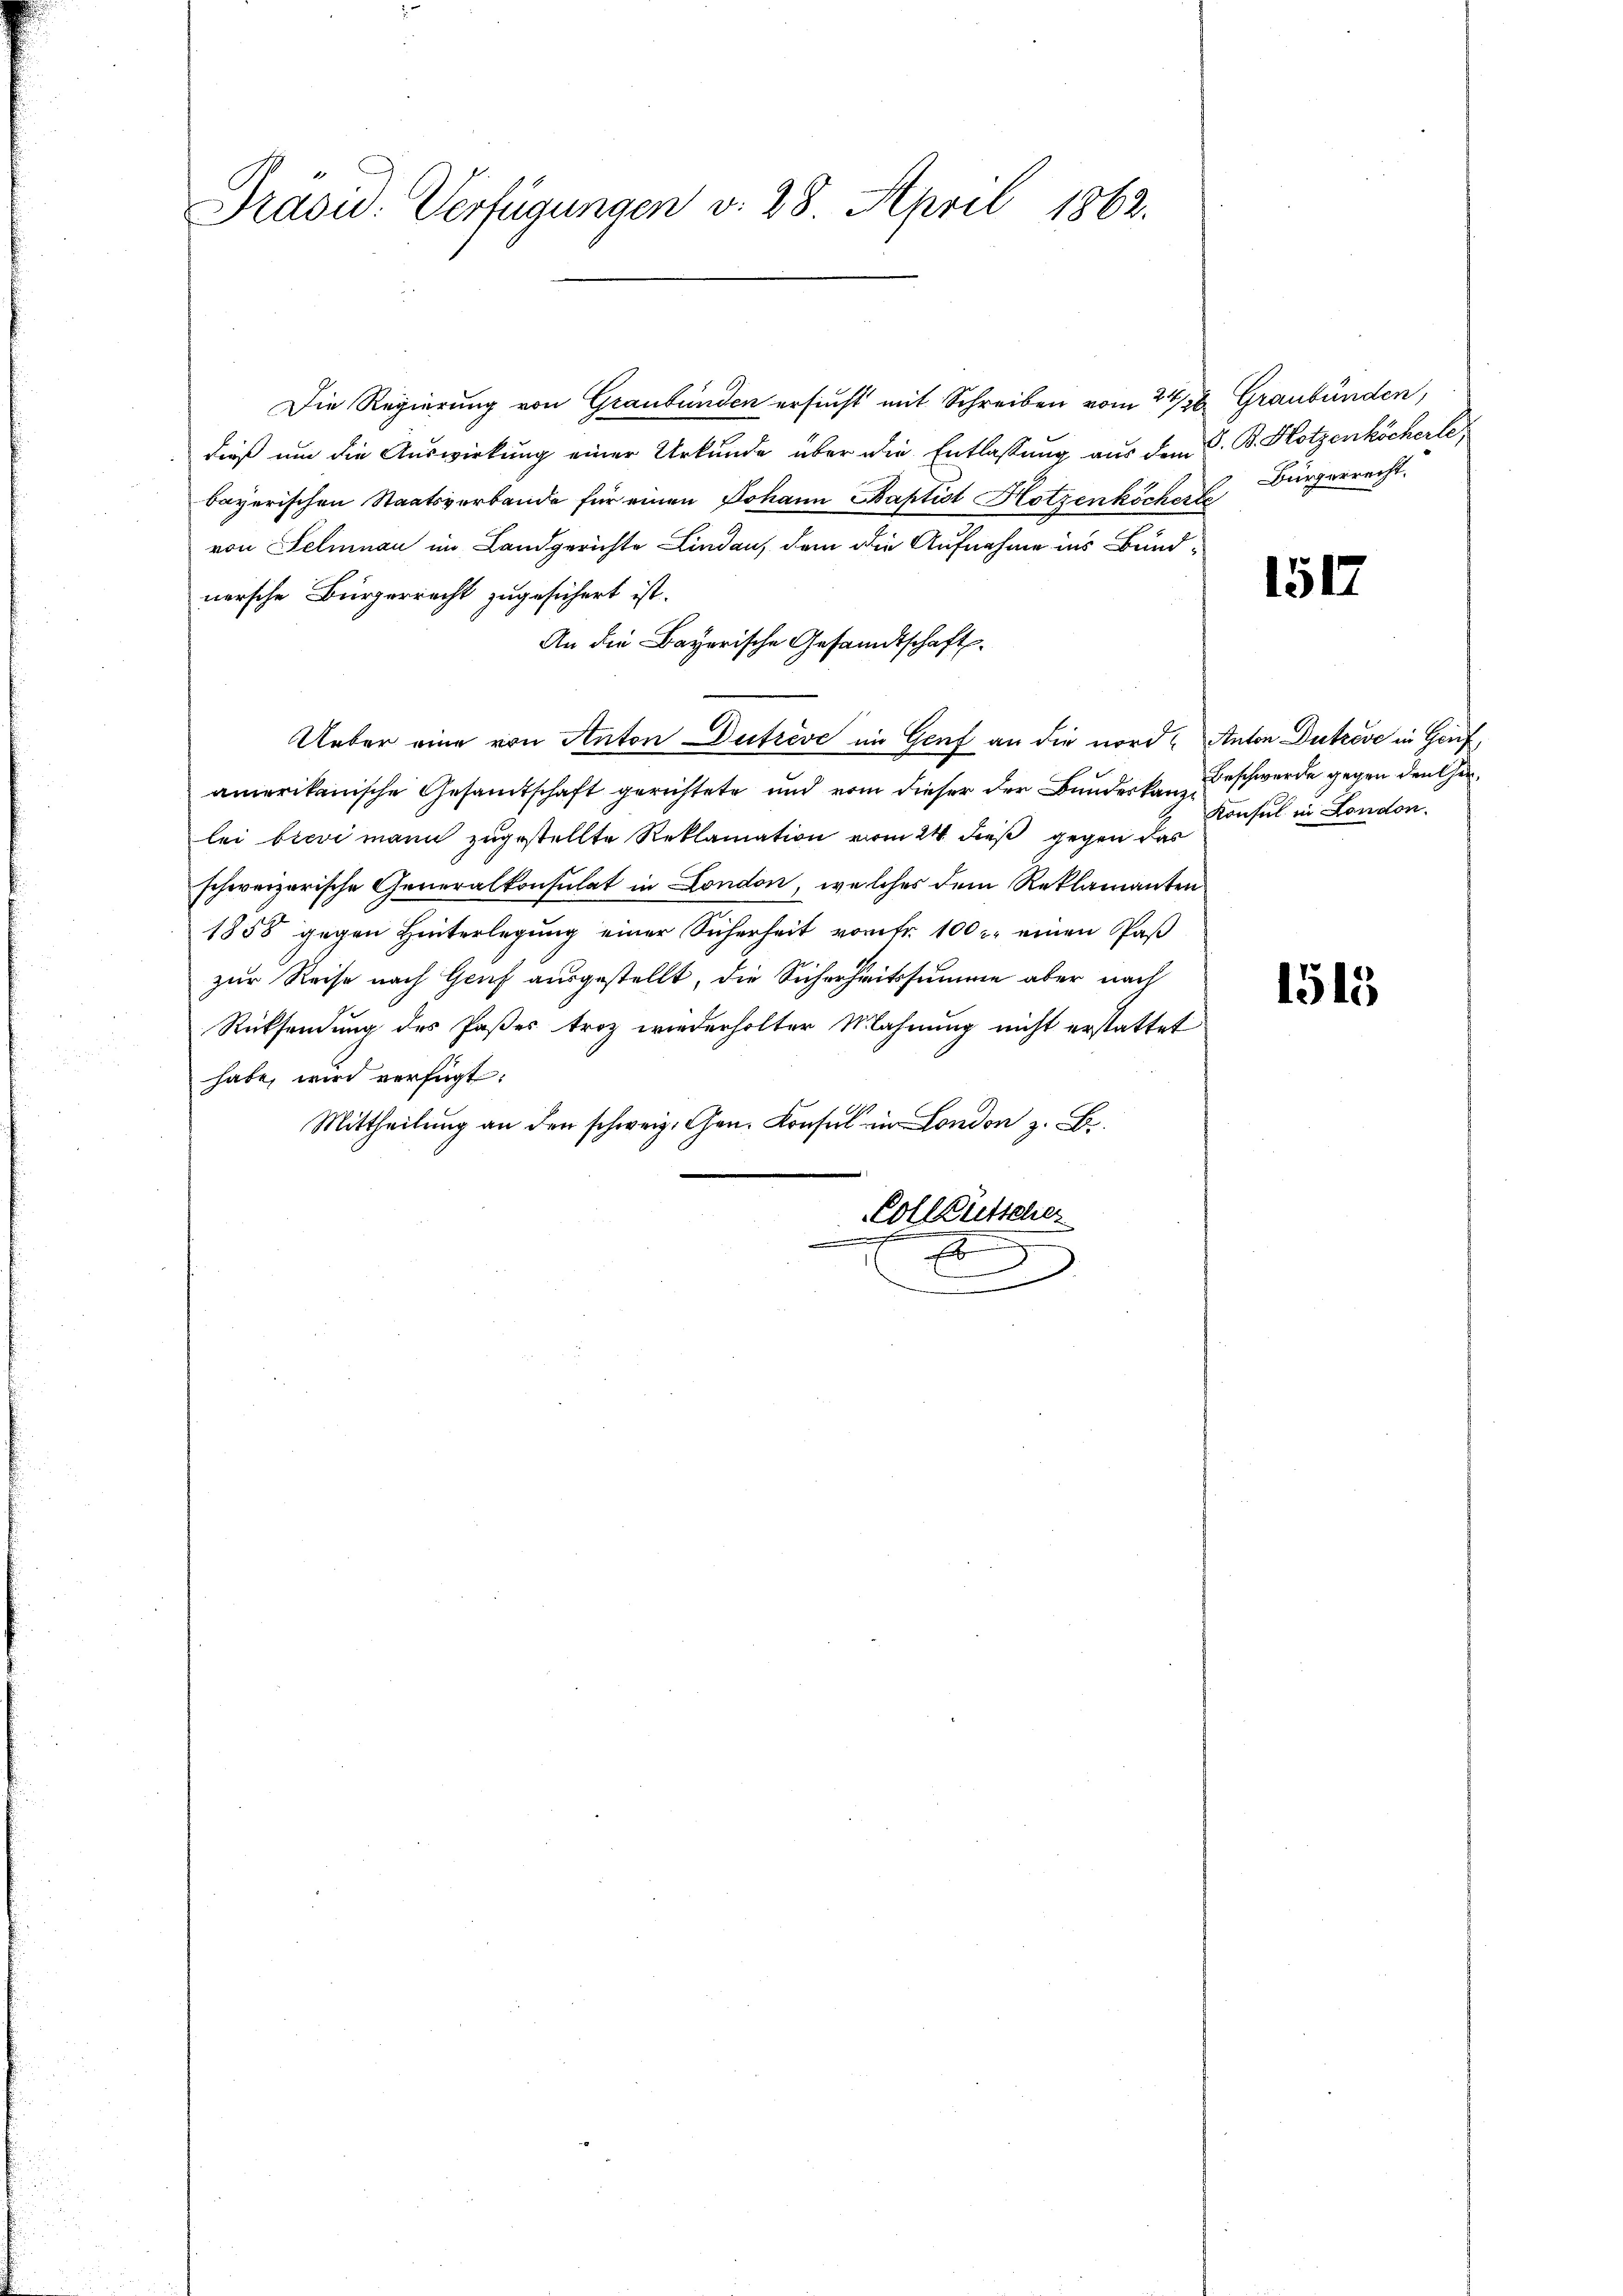
Präsid. Verfügungen v. 28. April 1862.

Die Regierung von Graubünden ersucht mit Schreiben vom 2438. Graubünden,
dieß um die Auswirkung einer Urkunde über die Entlassung aus dem G. B. Hotzenköcherle
bayerischen Staatsverbande für einen Johann Baptist Hotzenköcherte
von Selnau im Landgerichte Lindau, dem die Aufnahme ins Bundnersche Bürgerrecht zugesichert ist.
An die Bayerische Gesandtschaft
Ueber eine von Anton Dutzeve im Genf an die nord Anton Dutzeve in Genf,
amerikanische Gesamtschaft gerichtete und vom dieser der Bundeskanzlei bievi mann zugestellte Reklamation vom 24. dieß gegen das
schweizerische Generalkonsulat in London, welches dem Reklamanten
1858 gegen Hinterlegung einer Sicherheit vom fr. 100 r. einen Paß
zur Reise nach Genf ausgestellt, die Sicherheitssumme aber nach
Rücksendung des Paßes troz wiederholter Mahnung nicht erstattet
habe, wird verfügt:
Mittheilŭng an den schweiz. Gen. Konsul in London z. B.
Collgütscher
x
E
.
.

Bürgerrecht.

1517

Beschwerde gegen den her¬
Konsul in London.

1515